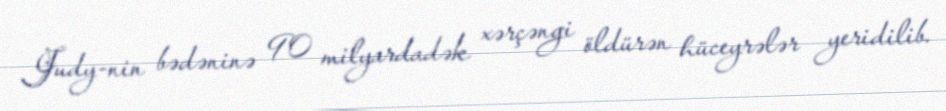
Judy-nin bədəninə 90 milyardadək xərçəngi öldürən hüceyrələr yeridilib.